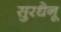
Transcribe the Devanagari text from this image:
सुरधेनू